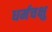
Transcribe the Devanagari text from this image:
धर्मचक्षु